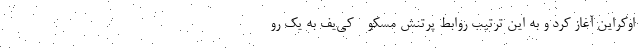
اوکراین آغاز کرد و به این ترتیب روابط پرتنش مسکو - کی‌یف به یک رو